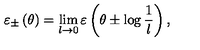
\varepsilon _ { \pm } \left( \theta \right) = \lim _ { l \rightarrow 0 } \varepsilon \left( \theta \pm \log \frac { 1 } { l } \right) ,